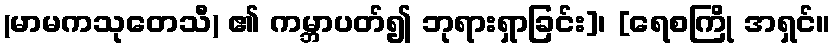
(မာမကသုတေသီ) ၏ ကမ္ဘာပတ်၍ ဘုရားရှာခြင်း]၊ [ရေစကြို အရှင်။